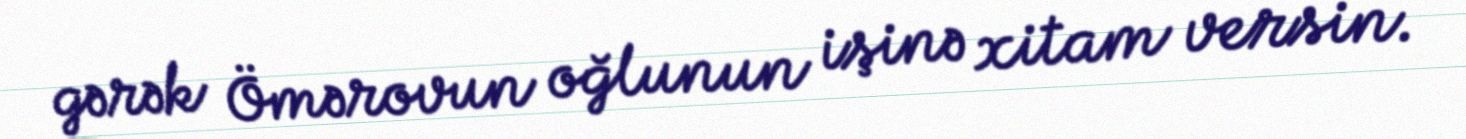
gərək Ömərovun oğlunun işinə xitam versin.